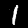
Label: 1